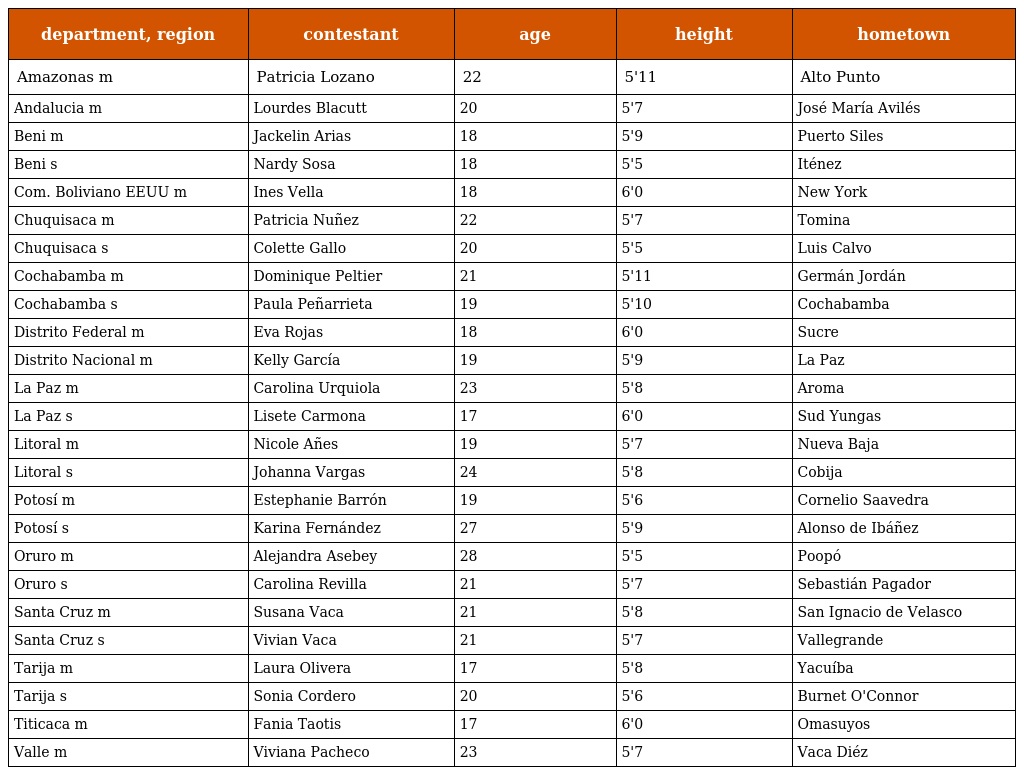
| department, region | contestant | age | height | hometown |
 | --- | --- | --- | --- | --- |
 | Amazonas m | Patricia Lozano | 22 | 5'11 | Alto Punto |
 | Andalucia m | Lourdes Blacutt | 20 | 5'7 | José María Avilés |
 | Beni m | Jackelin Arias | 18 | 5'9 | Puerto Siles |
 | Beni s | Nardy Sosa | 18 | 5'5 | Iténez |
 | Com. Boliviano EEUU m | Ines Vella | 18 | 6'0 | New York |
 | Chuquisaca m | Patricia Nuñez | 22 | 5'7 | Tomina |
 | Chuquisaca s | Colette Gallo | 20 | 5'5 | Luis Calvo |
 | Cochabamba m | Dominique Peltier | 21 | 5'11 | Germán Jordán |
 | Cochabamba s | Paula Peñarrieta | 19 | 5'10 | Cochabamba |
 | Distrito Federal m | Eva Rojas | 18 | 6'0 | Sucre |
 | Distrito Nacional m | Kelly García | 19 | 5'9 | La Paz |
 | La Paz m | Carolina Urquiola | 23 | 5'8 | Aroma |
 | La Paz s | Lisete Carmona | 17 | 6'0 | Sud Yungas |
 | Litoral m | Nicole Añes | 19 | 5'7 | Nueva Baja |
 | Litoral s | Johanna Vargas | 24 | 5'8 | Cobija |
 | Potosí m | Estephanie Barrón | 19 | 5'6 | Cornelio Saavedra |
 | Potosí s | Karina Fernández | 27 | 5'9 | Alonso de Ibáñez |
 | Oruro m | Alejandra Asebey | 28 | 5'5 | Poopó |
 | Oruro s | Carolina Revilla | 21 | 5'7 | Sebastián Pagador |
 | Santa Cruz m | Susana Vaca | 21 | 5'8 | San Ignacio de Velasco |
 | Santa Cruz s | Vivian Vaca | 21 | 5'7 | Vallegrande |
 | Tarija m | Laura Olivera | 17 | 5'8 | Yacuíba |
 | Tarija s | Sonia Cordero | 20 | 5'6 | Burnet O'Connor |
 | Titicaca m | Fania Taotis | 17 | 6'0 | Omasuyos |
 | Valle m | Viviana Pacheco | 23 | 5'7 | Vaca Diéz |